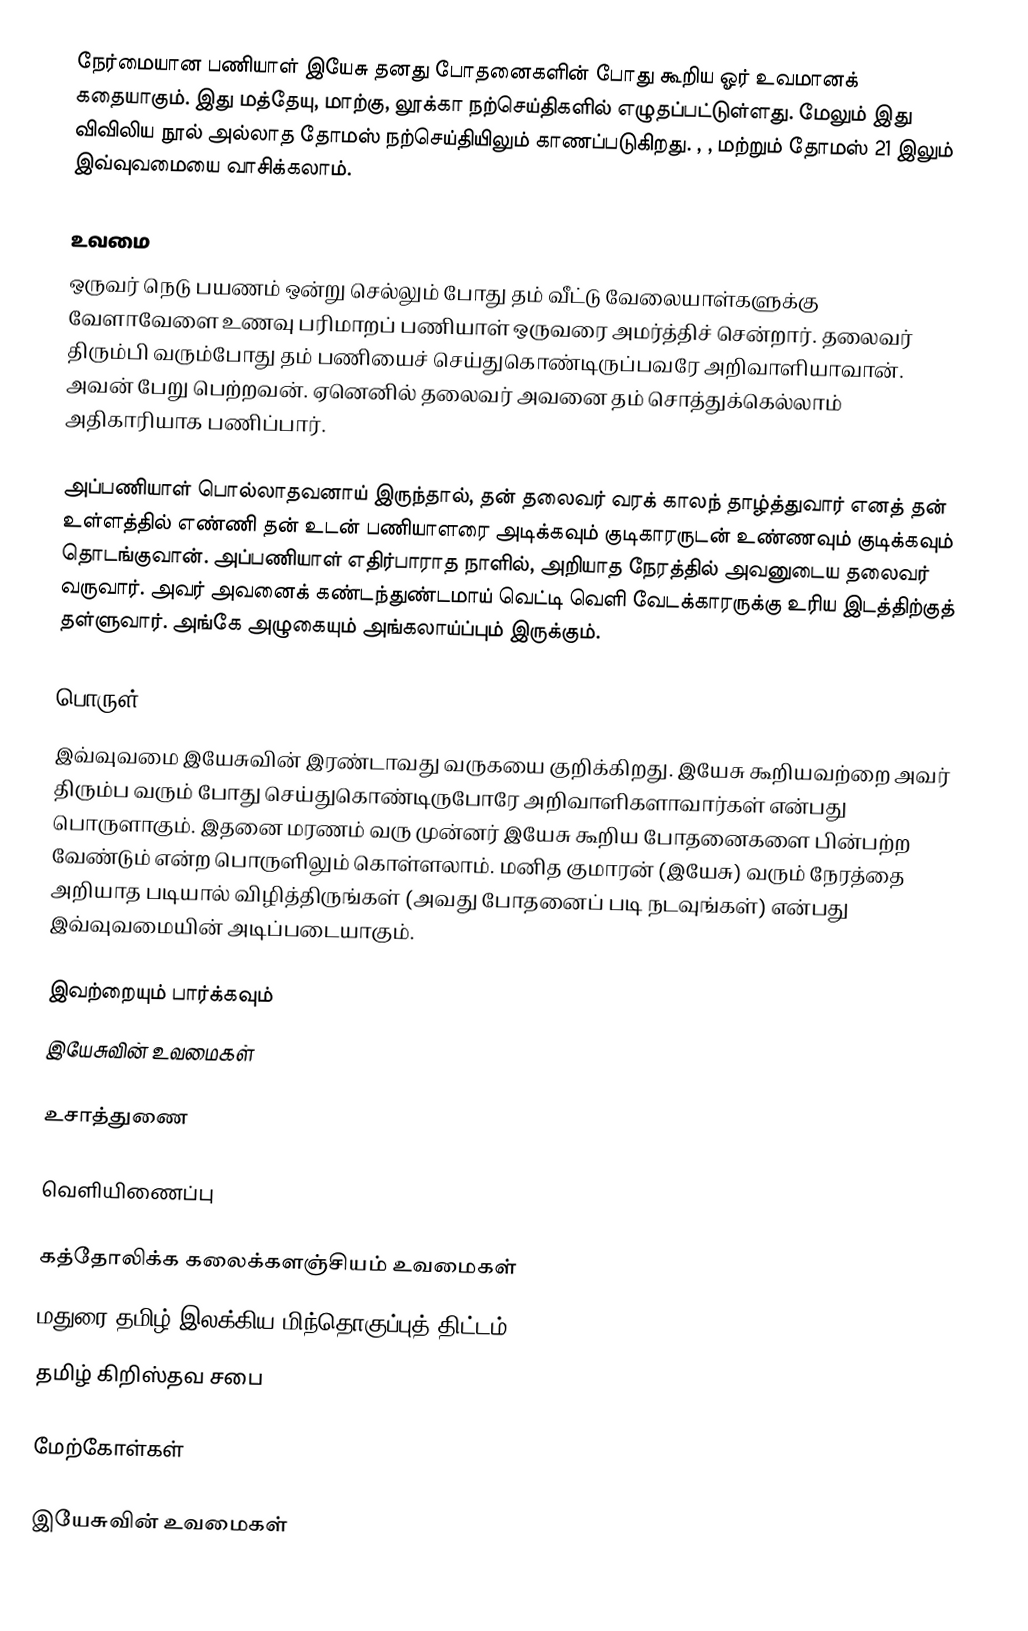
நேர்மையான பணியாள் இயேசு தனது போதனைகளின் போது கூறிய ஓர் உவமானக் கதையாகும். இது மத்தேயு, மாற்கு, லூக்கா நற்செய்திகளில் எழுதப்பட்டுள்ளது. மேலும் இது விவிலிய நூல் அல்லாத தோமஸ் நற்செய்தியிலும் காணப்படுகிறது. ,  ,   மற்றும் தோமஸ் 21 இலும் இவ்வுவமையை வாசிக்கலாம்.

உவமை
ஒருவர் நெடு பயணம் ஒன்று செல்லும் போது தம் வீட்டு வேலையாள்களுக்கு வேளாவேளை உணவு பரிமாறப் பணியாள் ஒருவரை அமர்த்திச் சென்றார். தலைவர் திரும்பி வரும்போது தம் பணியைச் செய்துகொண்டிருப்பவரே அறிவாளியாவான். அவன் பேறு பெற்றவன். ஏனெனில் தலைவர் அவனை  தம் சொத்துக்கெல்லாம் அதிகாரியாக பணிப்பார்.

அப்பணியாள் பொல்லாதவனாய் இருந்தால், தன் தலைவர் வரக் காலந் தாழ்த்துவார் எனத் தன் உள்ளத்தில் எண்ணி தன் உடன் பணியாளரை அடிக்கவும் குடிகாரருடன் உண்ணவும் குடிக்கவும் தொடங்குவான். அப்பணியாள் எதிர்பாராத நாளில், அறியாத நேரத்தில் அவனுடைய தலைவர் வருவார். அவர் அவனைக் கண்டந்துண்டமாய் வெட்டி வெளி வேடக்காரருக்கு உரிய இடத்திற்குத் தள்ளுவார். அங்கே அழுகையும் அங்கலாய்ப்பும் இருக்கும்.

பொருள்
இவ்வுவமை இயேசுவின் இரண்டாவது வருகயை குறிக்கிறது. இயேசு கூறியவற்றை அவர் திரும்ப வரும் போது செய்துகொண்டிருபோரே அறிவாளிகளாவார்கள் என்பது பொருளாகும். இதனை மரணம் வரு முன்னர் இயேசு கூறிய போதனைகளை பின்பற்ற வேண்டும் என்ற பொருளிலும் கொள்ளலாம். மனித குமாரன் (இயேசு) வரும் நேரத்தை அறியாத படியால் விழித்திருங்கள் (அவது போதனைப் படி நடவுங்கள்) என்பது இவ்வுவமையின் அடிப்படையாகும்.

இவற்றையும் பார்க்கவும்
 இயேசுவின் உவமைகள்

உசாத்துணை

வெளியிணைப்பு

கத்தோலிக்க கலைக்களஞ்சியம் உவமைகள்
மதுரை தமிழ் இலக்கிய மிந்தொகுப்புத் திட்டம்
 தமிழ் கிறிஸ்தவ சபை

மேற்கோள்கள்

இயேசுவின் உவமைகள்